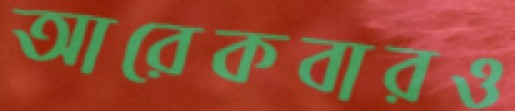
আরেকবারও